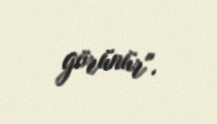
görünür".